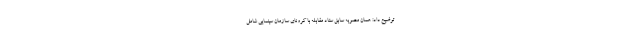
توضیح داد: همان مصوبه سابق ستاد مقابله با کرونای سازمان سینمایی شامل